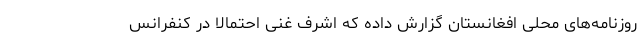
روزنامه‌های محلی افغانستان گزارش داده که اشرف غنی احتمالا در کنفرانس